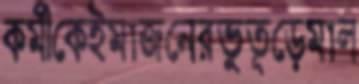
কর্মীকেইমাজনেরভুতূড়েমাল